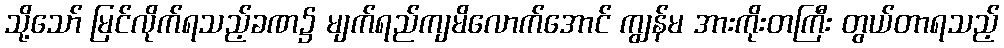
သို့သော် မြင်လိုက်ရသည့်ခဏ၌ မျက်ရည်ကျမိလောက်အောင် ကျွန်မ အားကိုးတကြီး တွယ်တာရသည့်